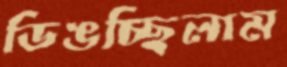
ডিঙচ্ছিলাম